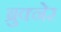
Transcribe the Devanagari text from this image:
ब्रुक्नेर